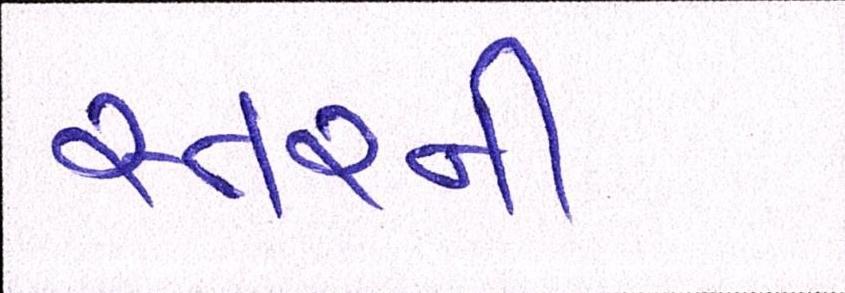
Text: સ્તરની